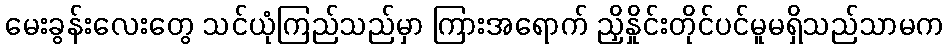
မေးခွန်းလေးတွေ သင်ယုံကြည်သည်မှာ ကြားအရောက် ညှိနှိုင်းတိုင်ပင်မူမရှိသည်သာမက